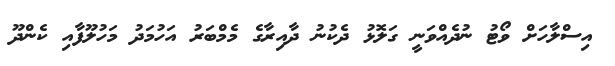
އިސްލާހަށް ވޯޓު ނުދެއްވަނީ ގަލޮޅު ދެކުނު ދާއިރާގެ މެމްބަރު އަހުމަދު މަހުލޫފާއި ކެންދޫ